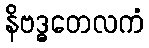
နိဗဒ္ဓတေလကံ